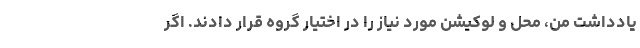
یادداشت من، محل و لوکیشن مورد نیاز را در اختیار گروه قرار دادند. اگر